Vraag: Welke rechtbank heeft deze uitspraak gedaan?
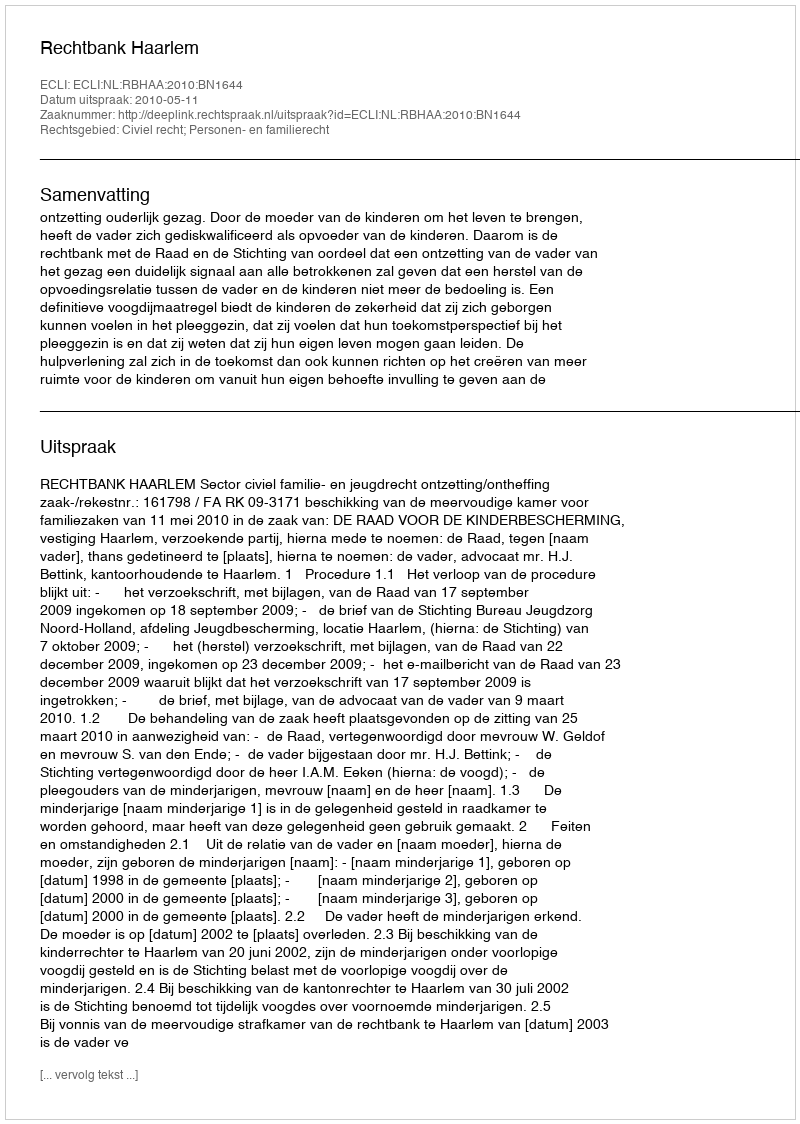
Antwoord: Rechtbank Haarlem